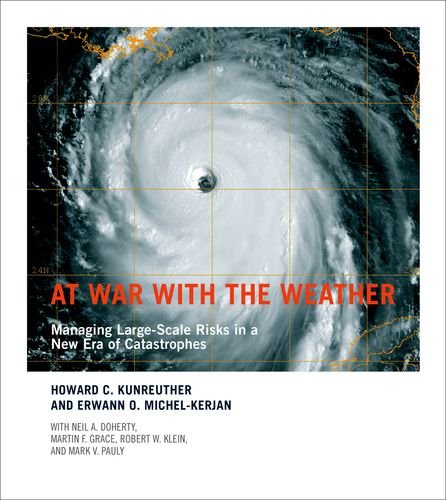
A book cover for At War with the Weather: Managing Large-Scale Risks in a New Era of Catastrophes; Howard C. Kunreuther; Business & Money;